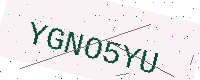
Text: YGNO5YU